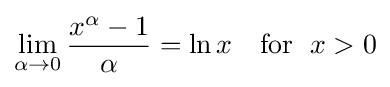
\lim _{\alpha \to 0}{\frac {x^{\alpha }-1}{\alpha }}=\ln x\quad {\text{for }}\;x>0